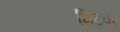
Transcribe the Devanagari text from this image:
मिटवा